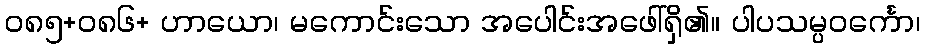
ဝ၈၅+၀၈၆+ ဟာယော၊ မကောင်းသော အပေါင်းအဖေါ်ရှိ၏။ ပါပသမ္ပဝင်္ကော၊